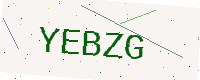
Text: YEBZG